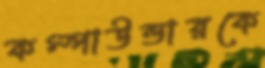
কম্পাউন্ডারকে